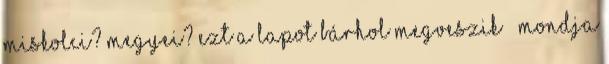
Miskolci? Megyei? Ezt a lapot bárhol megveszik — mondja